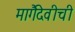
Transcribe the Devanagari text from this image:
मार्गैदेवीची